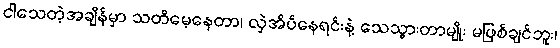
ငါသေတဲ့အချိန်မှာ သတိမေ့နေတာ၊ လှဲအိပ်နေရင်းနဲ့ သေသွားတာမျိုး မဖြစ်ချင်ဘူး၊